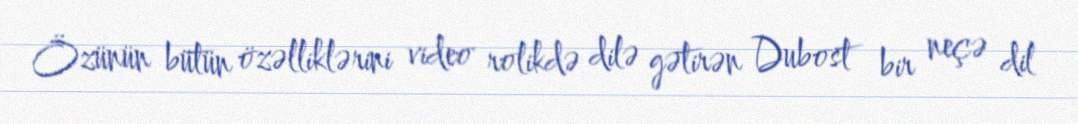
Özünün bütün özəlliklərini video rolikdə dilə gətirən Dubost bir neçə dil